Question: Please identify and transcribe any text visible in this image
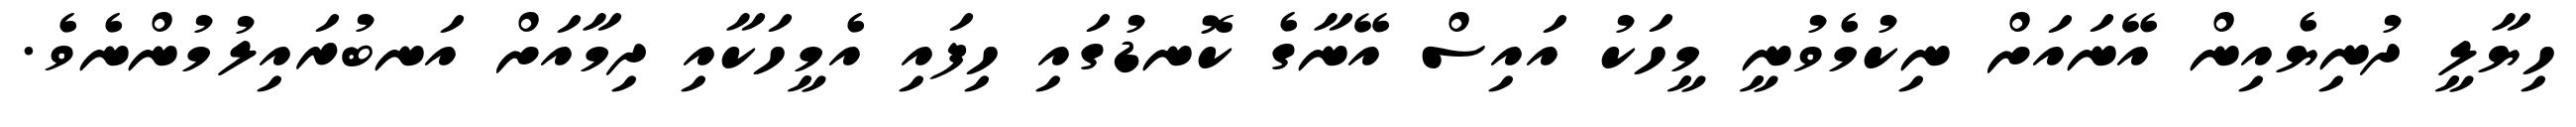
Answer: ހިޔާލީ ދުނިޔެއިން އޭނައަށް ނިކުމެވުނީ މީހަކު އައިސް އޭނާގެ ކޮނޑުގައި ހިފައި އެމީހަކާއި ދިމާއަށް އަނބުރައިލުމުންނެވެ.